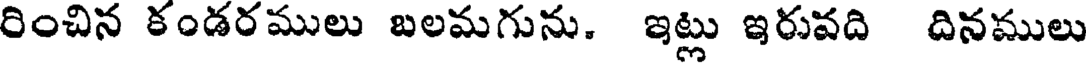
రించిన కండరములు బలమగును. ఇట్లు ఇరువది దినములు